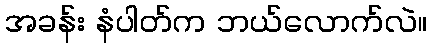
အခန်း နံပါတ်က ဘယ်လောက်လဲ။